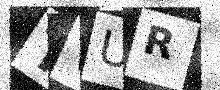
Text: TVUR